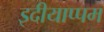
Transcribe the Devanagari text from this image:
इदीयाप्पम